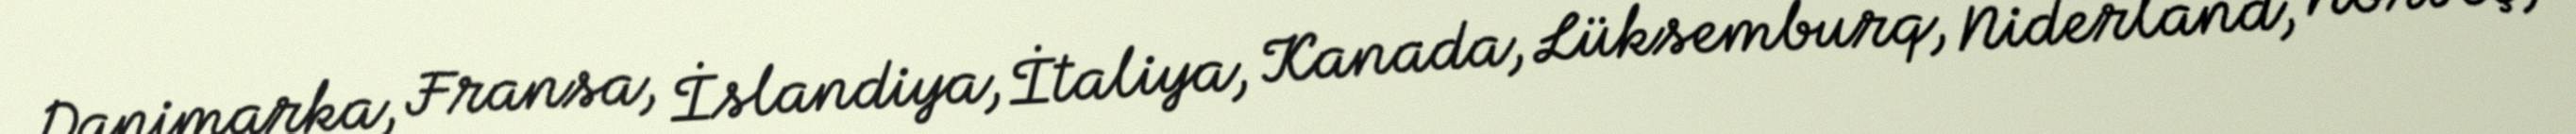
Danimarka, Fransa, İslandiya, İtaliya, Kanada, Lüksemburq, Niderland, Norveç,